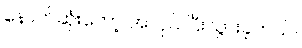
နောက်ဆုံးတော့ အလုပ် ပြီးသွားခဲ့တယ်။